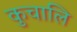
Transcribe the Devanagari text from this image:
कुचालि